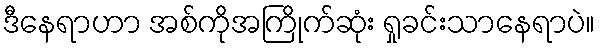
ဒီနေရာဟာ အစ်ကိုအကြိုက်ဆုံး ရှုခင်းသာနေရာပဲ။